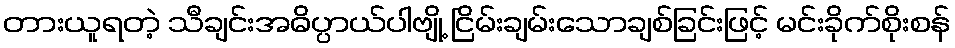
တားယူရတဲ့ သီချင်းအဓိပ္ပာယ်ပါဗျို့ ငြိမ်းချမ်းသောချစ်ခြင်းဖြင့် မင်းခိုက်စိုးစန်